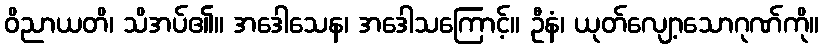
ဝိညာယတိ၊ သိအပ်၏။ အဒေါသေန၊ အဒေါသကြောင့်။ ဦနံ၊ ယုတ်လျော့သောဂုဏ်ကို။